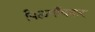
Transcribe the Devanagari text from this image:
पिलगाँवकर